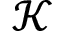
\mathcal { K }